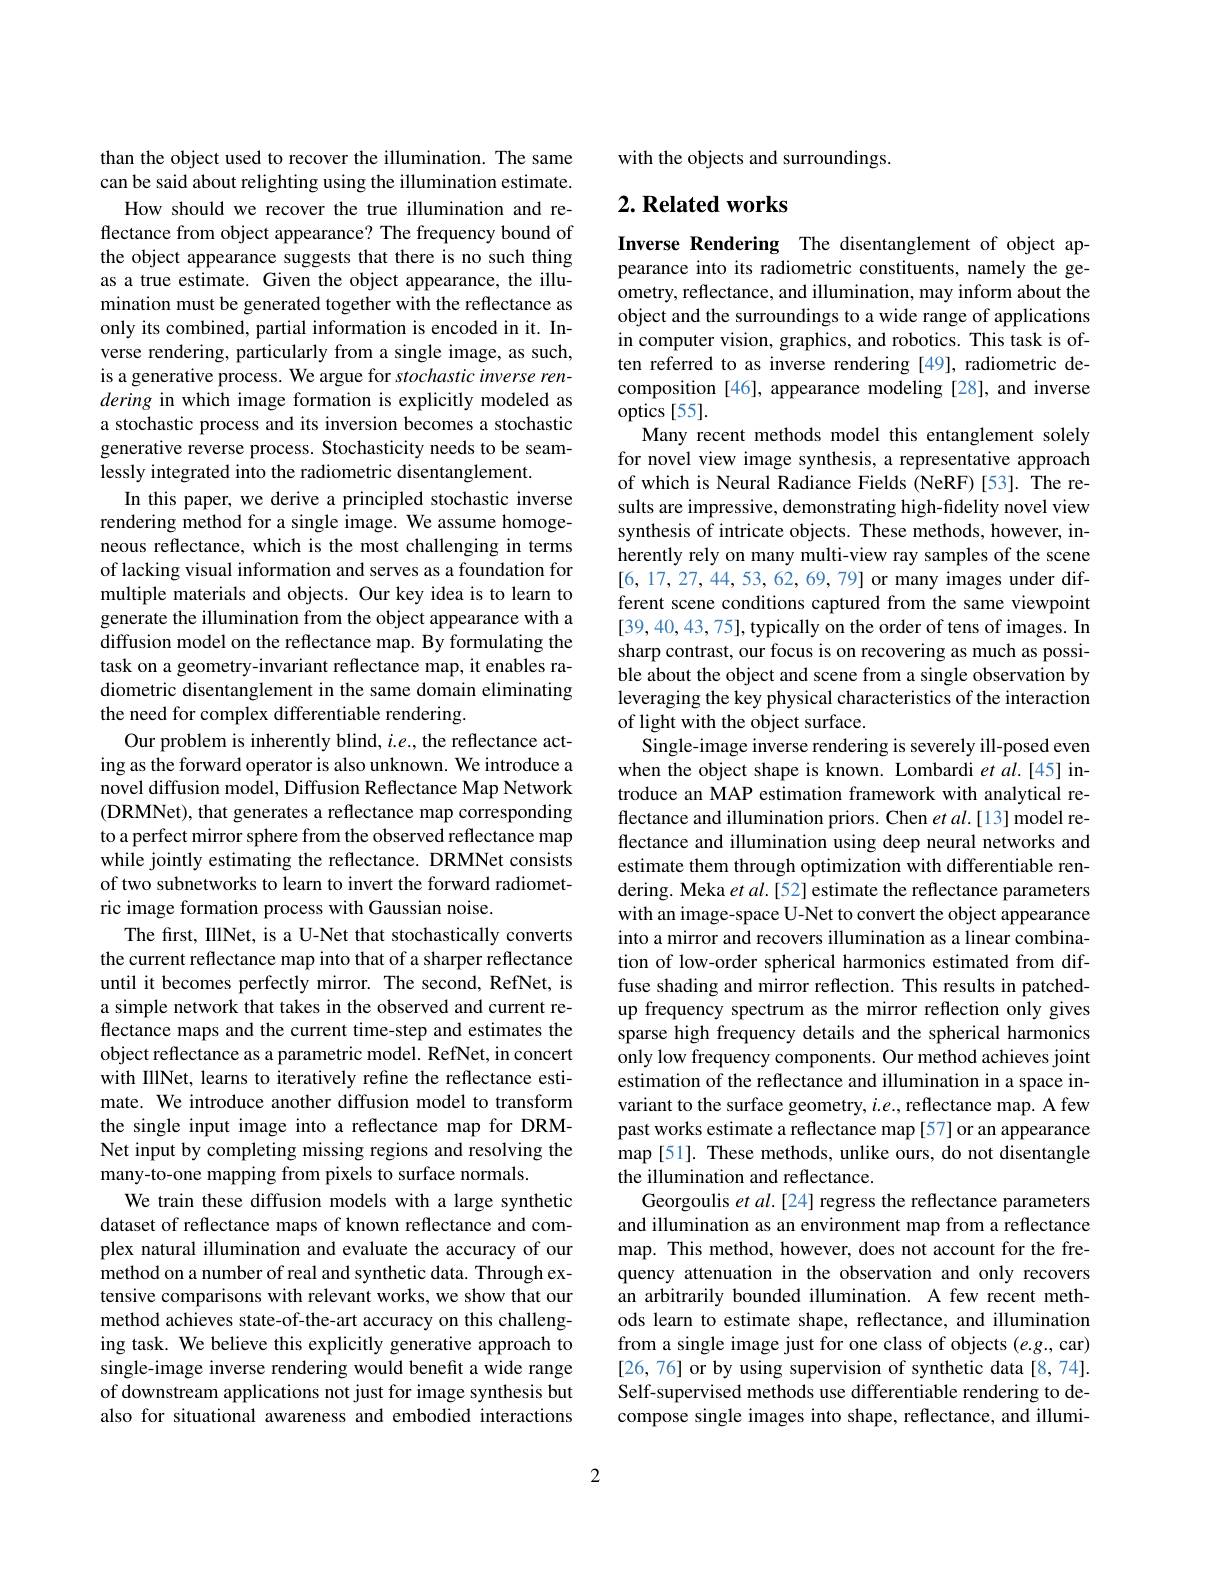
than the object used to recover the illumination. The same can be said about relighting using the illumination estimate.
How should we recover the true illumination and reflectance from object appearance? The frequency bound of the object appearance suggests that there is no such thing as a true estimate. Given the object appearance, the illumination must be generated together with the reflectance as only its combined, partial information is encoded in it. Inverse rendering, particularly from a single image, as such, is a generative process. We argue for stochastic inverse rendering in which image formation is explicitly modeled as a stochastic process and its inversion becomes a stochastic generative reverse process. Stochasticity needs to be seamlessly integrated into the radiometric disentanglement.
In this paper, we derive a principled stochastic inverse rendering method for a single image. We assume homogeneous reflectance, which is the most challenging in terms of lacking visual information and serves as a foundation for multiple materials and objects. Our key idea is to learn to generate the illumination from the object appearance with a diffusion model on the reflectance map. By formulating the task on a geometry-invariant reflectance map, it enables radiometric disentanglement in the same domain eliminating the need for complex differentiable rendering.
Our problem is inherently blind, $i.e.$, the reflectance acting as the forward operator is also unknown. We introduce a novel diffusion model, Diffusion Reflectance Map Network (DRMNet), that generates a reflectance map corresponding to a perfect mirror sphere from the observed reflectance map while jointly estimating the reflectance. DRMNet consists of two subnetworks to learn to invert the forward radiometric image formation process with Gaussian noise.
The first, IllNet, is a U-Net that stochastically converts the current reflectance map into that of a sharper reflectance until it becomes perfectly mirror. The second, RefNet, is a simple network that takes in the observed and current reflectance maps and the current time-step and estimates the object reflectance as a parametric model. RefNet, in concert with IllNet, learns to iteratively refine the reflectance estimate. We introduce another diffusion model to transform the single input image into a reflectance map for DRMNet input by completing missing regions and resolving the many-to-one mapping from pixels to surface normals.
We train these diffusion models with a large synthetic dataset of reflectance maps of known reflectance and complex natural illumination and evaluate the accuracy of our method on a number of real and synthetic data. Through extensive comparisons with relevant works, we show that our method achieves state-of-the-art accuracy on this challenging task. We believe this explicitly generative approach to single-image inverse rendering would benefit a wide range of downstream applications not just for image synthesis but also for situational awareness and embodied interactions

with the objects and surroundings.

## $2. \textbf{Related works}$

Inverse Rendering The disentanglement of object appearance into its radiometric constituents, namely the geometry, reflectance, and illumination, may inform about the object and the surroundings to a wide range of applications in computer vision, graphics, and robotics. This task is often referred to as inverse rendering [49], radiometric decomposition [46], appearance modeling [28], and inverse optics [55].
Many recent methods model this entanglement solely for novel view image synthesis, a representative approach of which is Neural Radiance Fields (NeRF)[53]. The results are impressive, demonstrating high-fidelity novel view synthesis of intricate objects. These methods, however, inherently rely on many multi-view ray samples of the scene [6,17,27,44,53,62,69,79] or many images under different scene conditions captured from the same viewpoint [39,40,43,75],typically on the order of tens of images. In sharp contrast, our focus is on recovering as much as possible about the object and scene from a single observation by leveraging the key physical characteristics of the interaction of light with the object surface.
Single-image inverse rendering is severely ill-posed even when the object shape is known. Lombardi et al.[45] introduce an MAP estimation framework with analytical reflectance and illumination priors. Chen $etal.[13]$ model reflectance and illumination using deep neural networks and estimate them through optimization with differentiable rendering. Meka $etal.[52]$ estimate the reflectance parameters with an image-space U-Net to convert the object appearance into a mirror and recovers illumination as a linear combination of low-order spherical harmonics estimated from diffuse shading and mirror reflection. This results in patchedup frequency spectrum as the mirror reflection only gives sparse high frequency details and the spherical harmonics only low frequency components. Our method achieves joint estimation of the reflectance and illumination in a space invariant to the surface geometry, $i.e.$, reflectance map. A few past works estimate a reflectance map [57] or an appearance map [51]. These methods, unlike ours, do not disentangle the illumination and reflectance.
Georgoulis et al.[24] regress the reflectance parameters and illumination as an environment map from a reflectance map. This method, however, does not account for the frequency attenuation in the observation and only recovers an arbitrarily bounded illumination. A few recent methods learn to estimate shape, reflectance, and illumination from a single image just for one class of objects (e.g., car) [26, 76] or by using supervision of synthetic data [8, 74]. Self-supervised methods use differentiable rendering to decompose single images into shape, reflectance, and illumi-

2